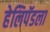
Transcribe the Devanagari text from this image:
हेलिपॅडला